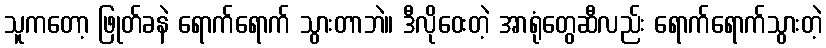
သူကတော့ ဖြုတ်ခနဲ ရောက်ရောက် သွားတာဘဲ။ ဒီလိုဝေးတဲ့ အာရုံတွေဆီလည်း ရောက်ရောက်သွားတဲ့